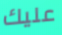
عليك